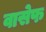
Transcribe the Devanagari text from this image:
वासेफ